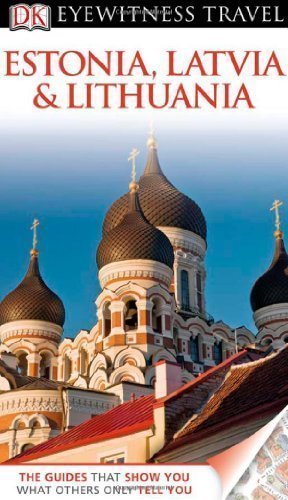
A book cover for DK Eyewitness Travel Guide: Estonia, Latvia & Lithuania by Jarvis, Howard, Ochser, Tim (2011); Travel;